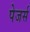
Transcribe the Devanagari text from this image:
पेजर्स